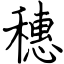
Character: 穗